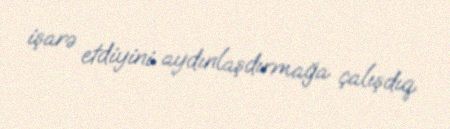
işarə etdiyini aydınlaşdırmağa çalışdıq.